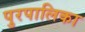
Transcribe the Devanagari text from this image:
पुरपालिका